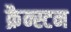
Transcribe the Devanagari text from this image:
क्रैन्स्टन